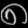
Digit: ၈